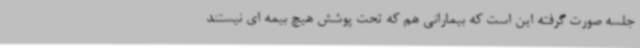
جلسه صورت گرفته این است که بیمارانی هم که تحت پوشش هیچ بیمه ای نیستند